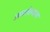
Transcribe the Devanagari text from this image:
असलेल्याना